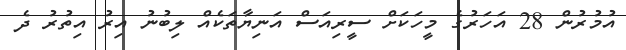
އުމުރުން 28 އަހަރުގެ މީހަކަށް ސީރިއަސް އަނިޔާތަކެއް ލިބުނު އިރު އިތުރު ދެ